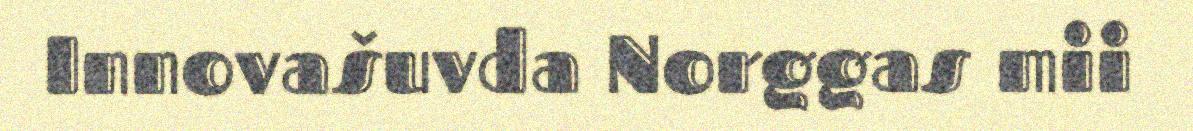
Innovašuvda Norggas mii